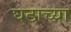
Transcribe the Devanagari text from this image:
घटाच्या